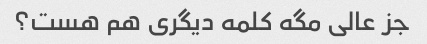
جز عالی مگه کلمه دیگری هم هست؟